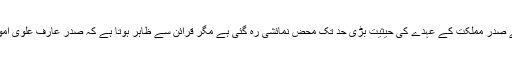
اگرچہ 18ویں ترمیم کے بعد اور آئین کی دفعہ58ٹو بی کے خاتمے سے صدر مملکت کے عہدے کی حیثیت بڑی حد تک محض نمائشی رہ گئی ہے مگر قرائن سے ظاہر ہوتا ہے کہ صدر عارف علوی امور مملکت میں وزیراعظم عمران خان کے مو¿ثر مددگار ثابت ہوں گے۔